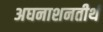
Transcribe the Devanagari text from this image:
अघनाशनतीर्थ